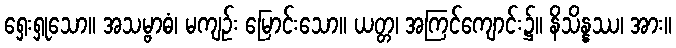
ရှေးရှုသော။ အသမ္ဗာဓံ၊ မကျဉ်း မြောင်းသော။ ယတ္တ၊ အကြင်ကျောင်း၌။ နိသိန္နဿ၊ အား။